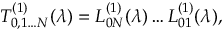
T _ { 0 , 1 \dots N } ^ { ( 1 ) } ( \lambda ) = L _ { 0 N } ^ { ( 1 ) } ( \lambda ) \dots L _ { 0 1 } ^ { ( 1 ) } ( \lambda ) ,